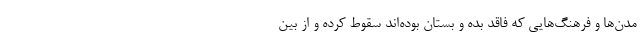
مدن‌ها و فرهنگ‌هایی که فاقد بده و بستان بوده‌اند سقوط کرده و از بین